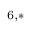
^ { 6 , * }